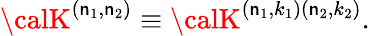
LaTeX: {\calK}^{\left(\mathsf{n}_{1},\mathsf{n}_{2}\right)}\equiv{\calK}^{\left(\mathsf{n}_{1},k_{1}\right)\left(\mathsf{n}_{2},k_{2}\right)}.